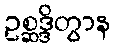
ဥစ္ဆဒ္ဒိတွာန